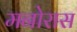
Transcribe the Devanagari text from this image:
मनोरास